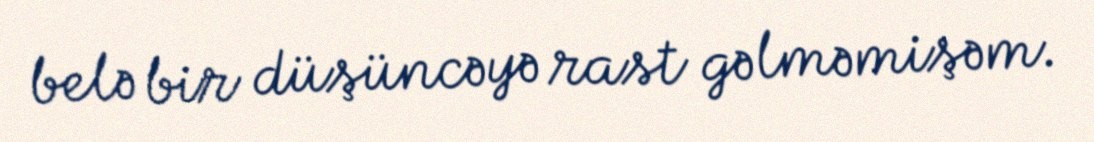
belə bir düşüncəyə rast gəlməmişəm.